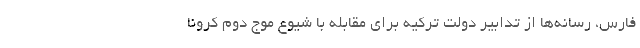
فارس، رسانه‌ها از تدابیر دولت ترکیه برای مقابله با شیوع موج دوم کرونا